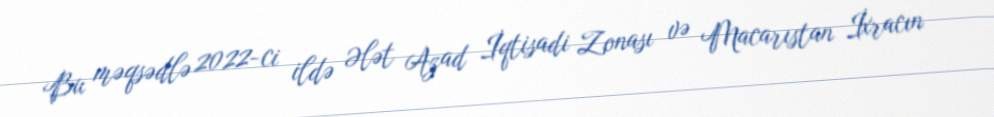
Bu məqsədlə 2022-ci ildə Ələt Azad İqtisadi Zonası və Macarıstan İxracın